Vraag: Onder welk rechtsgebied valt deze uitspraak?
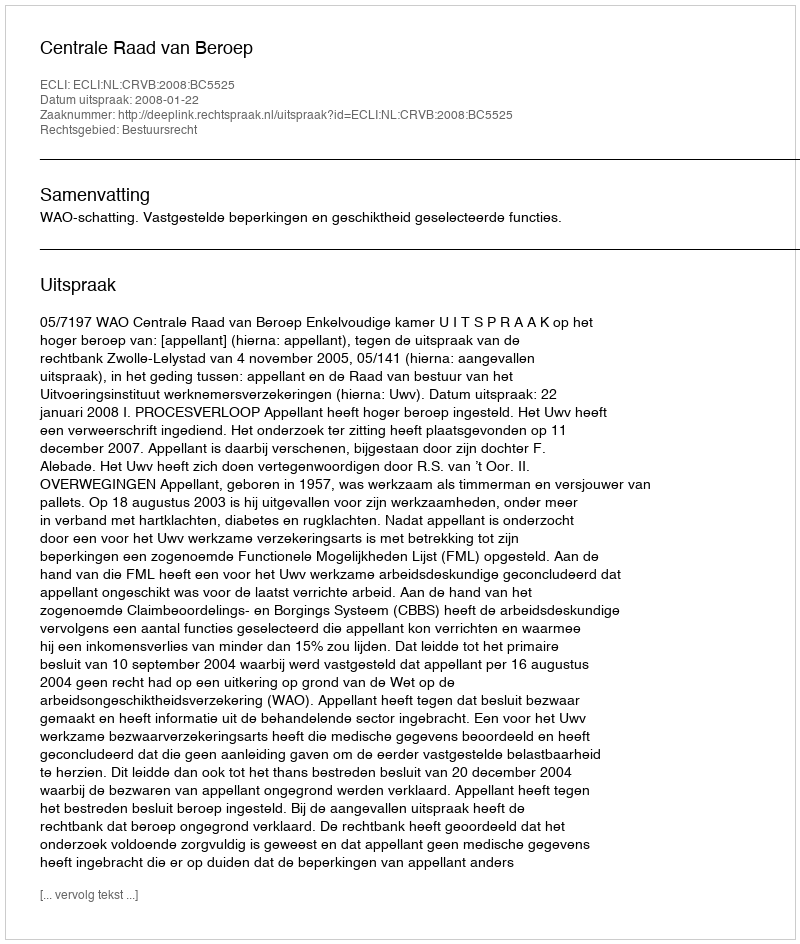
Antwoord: Bestuursrecht